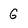
Character: G